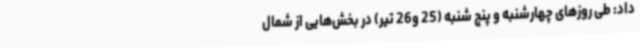
داد: طی روزهای چهارشنبه و پنج شنبه (25 و26 تیر) در بخش‌هایی از شمال